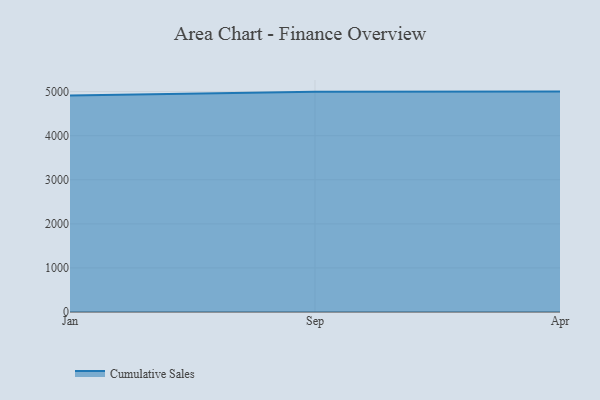
{"axis": {"x": "Month", "y": "Gross Profit (USD K)"}, "legend": ["Cumulative Sales"], "data": [{"x": "Jan", "y": 4909.3, "type": "Cumulative Sales"}, {"x": "Sep", "y": 4998.5, "type": "Cumulative Sales"}, {"x": "Apr", "y": 5000, "type": "Cumulative Sales"}]}